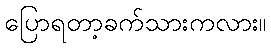
ပြောရတာ့ခက်သားကလား။